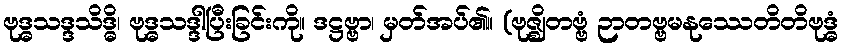
ဗုဒ္ဓသဒ္ဒသိဒ္ဓိ၊ ဗုဒ္ဓသဒ္ဒါပြီးခြင်းကို။ ဒဋ္ဌဗ္ဗာ၊ မှတ်အပ်၏။ (ဗုဇ္ဈိတဗ္ဗံ ဉာတဗ္ဗမနုဿေတိတိဗုဒ္ဓံ